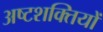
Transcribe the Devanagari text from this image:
अष्टशक्तियों